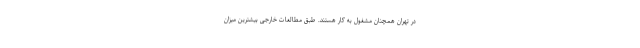
در تهران همچنان مشغول به کار هستند. طبق مطالعات خارجی بیشترین میزان